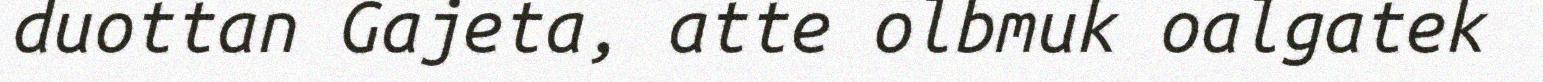
duottan Gajeta, atte olbmuk oalgatek